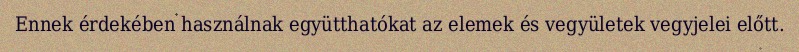
Ennek érdekében használnak együtthatókat az elemek és vegyületek vegyjelei előtt.